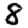
Digit: 8